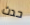
حدث